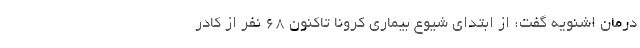
درمان اشنویه گفت: از ابتدای شیوع بیماری کرونا تاکنون ۶۸ نفر از کادر